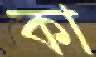
কা